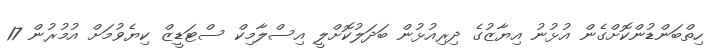
ހިތްބަންޑުންކޮށްގެން އުޅުނު އިޔާޒުގެ ދިރިއުޅުން ބަދަލުކޮށްލީ އިސްލާމިކް ސްޓަޑީޒް ކިޔެވުމަށް އުމުރުން 17